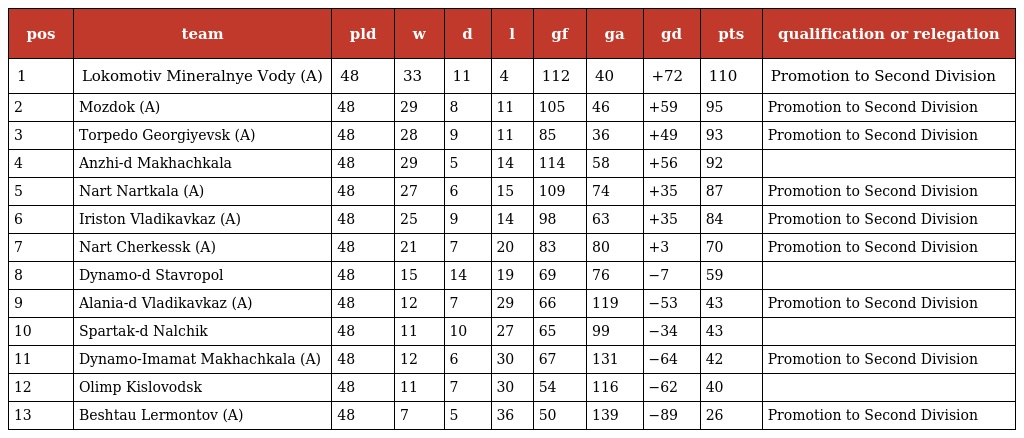
| pos | team | pld | w | d | l | gf | ga | gd | pts | qualification or relegation |
 | --- | --- | --- | --- | --- | --- | --- | --- | --- | --- | --- |
 | 1 | Lokomotiv Mineralnye Vody (A) | 48 | 33 | 11 | 4 | 112 | 40 | +72 | 110 | Promotion to Second Division |
 | 2 | Mozdok (A) | 48 | 29 | 8 | 11 | 105 | 46 | +59 | 95 | Promotion to Second Division |
 | 3 | Torpedo Georgiyevsk (A) | 48 | 28 | 9 | 11 | 85 | 36 | +49 | 93 | Promotion to Second Division |
 | 4 | Anzhi-d Makhachkala | 48 | 29 | 5 | 14 | 114 | 58 | +56 | 92 |  |
 | 5 | Nart Nartkala (A) | 48 | 27 | 6 | 15 | 109 | 74 | +35 | 87 | Promotion to Second Division |
 | 6 | Iriston Vladikavkaz (A) | 48 | 25 | 9 | 14 | 98 | 63 | +35 | 84 | Promotion to Second Division |
 | 7 | Nart Cherkessk (A) | 48 | 21 | 7 | 20 | 83 | 80 | +3 | 70 | Promotion to Second Division |
 | 8 | Dynamo-d Stavropol | 48 | 15 | 14 | 19 | 69 | 76 | −7 | 59 |  |
 | 9 | Alania-d Vladikavkaz (A) | 48 | 12 | 7 | 29 | 66 | 119 | −53 | 43 | Promotion to Second Division |
 | 10 | Spartak-d Nalchik | 48 | 11 | 10 | 27 | 65 | 99 | −34 | 43 |  |
 | 11 | Dynamo-Imamat Makhachkala (A) | 48 | 12 | 6 | 30 | 67 | 131 | −64 | 42 | Promotion to Second Division |
 | 12 | Olimp Kislovodsk | 48 | 11 | 7 | 30 | 54 | 116 | −62 | 40 |  |
 | 13 | Beshtau Lermontov (A) | 48 | 7 | 5 | 36 | 50 | 139 | −89 | 26 | Promotion to Second Division |